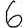
Digit: 6